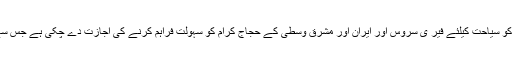
وفد کے ارکان کو بتایا گیا کہ حکومت کی طرف سے پبلک اور پرائیوٹ سیکٹر کو سیاحت کیلئے فیر ی سروس اور ایران اور مشرق وسطیٰ کے حجاج کرام کو سہولت فراہم کرنے کی اجازت دے چکی ہے جس سے سیاحت کے شعبے کے ذریعے اقتصادی ترقی کے اضافے میں مدد ملے گی۔